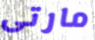
مارتى